65_HS1-834228961_62-HQ-83894_Serial_164
Agency: FBI
Page 90
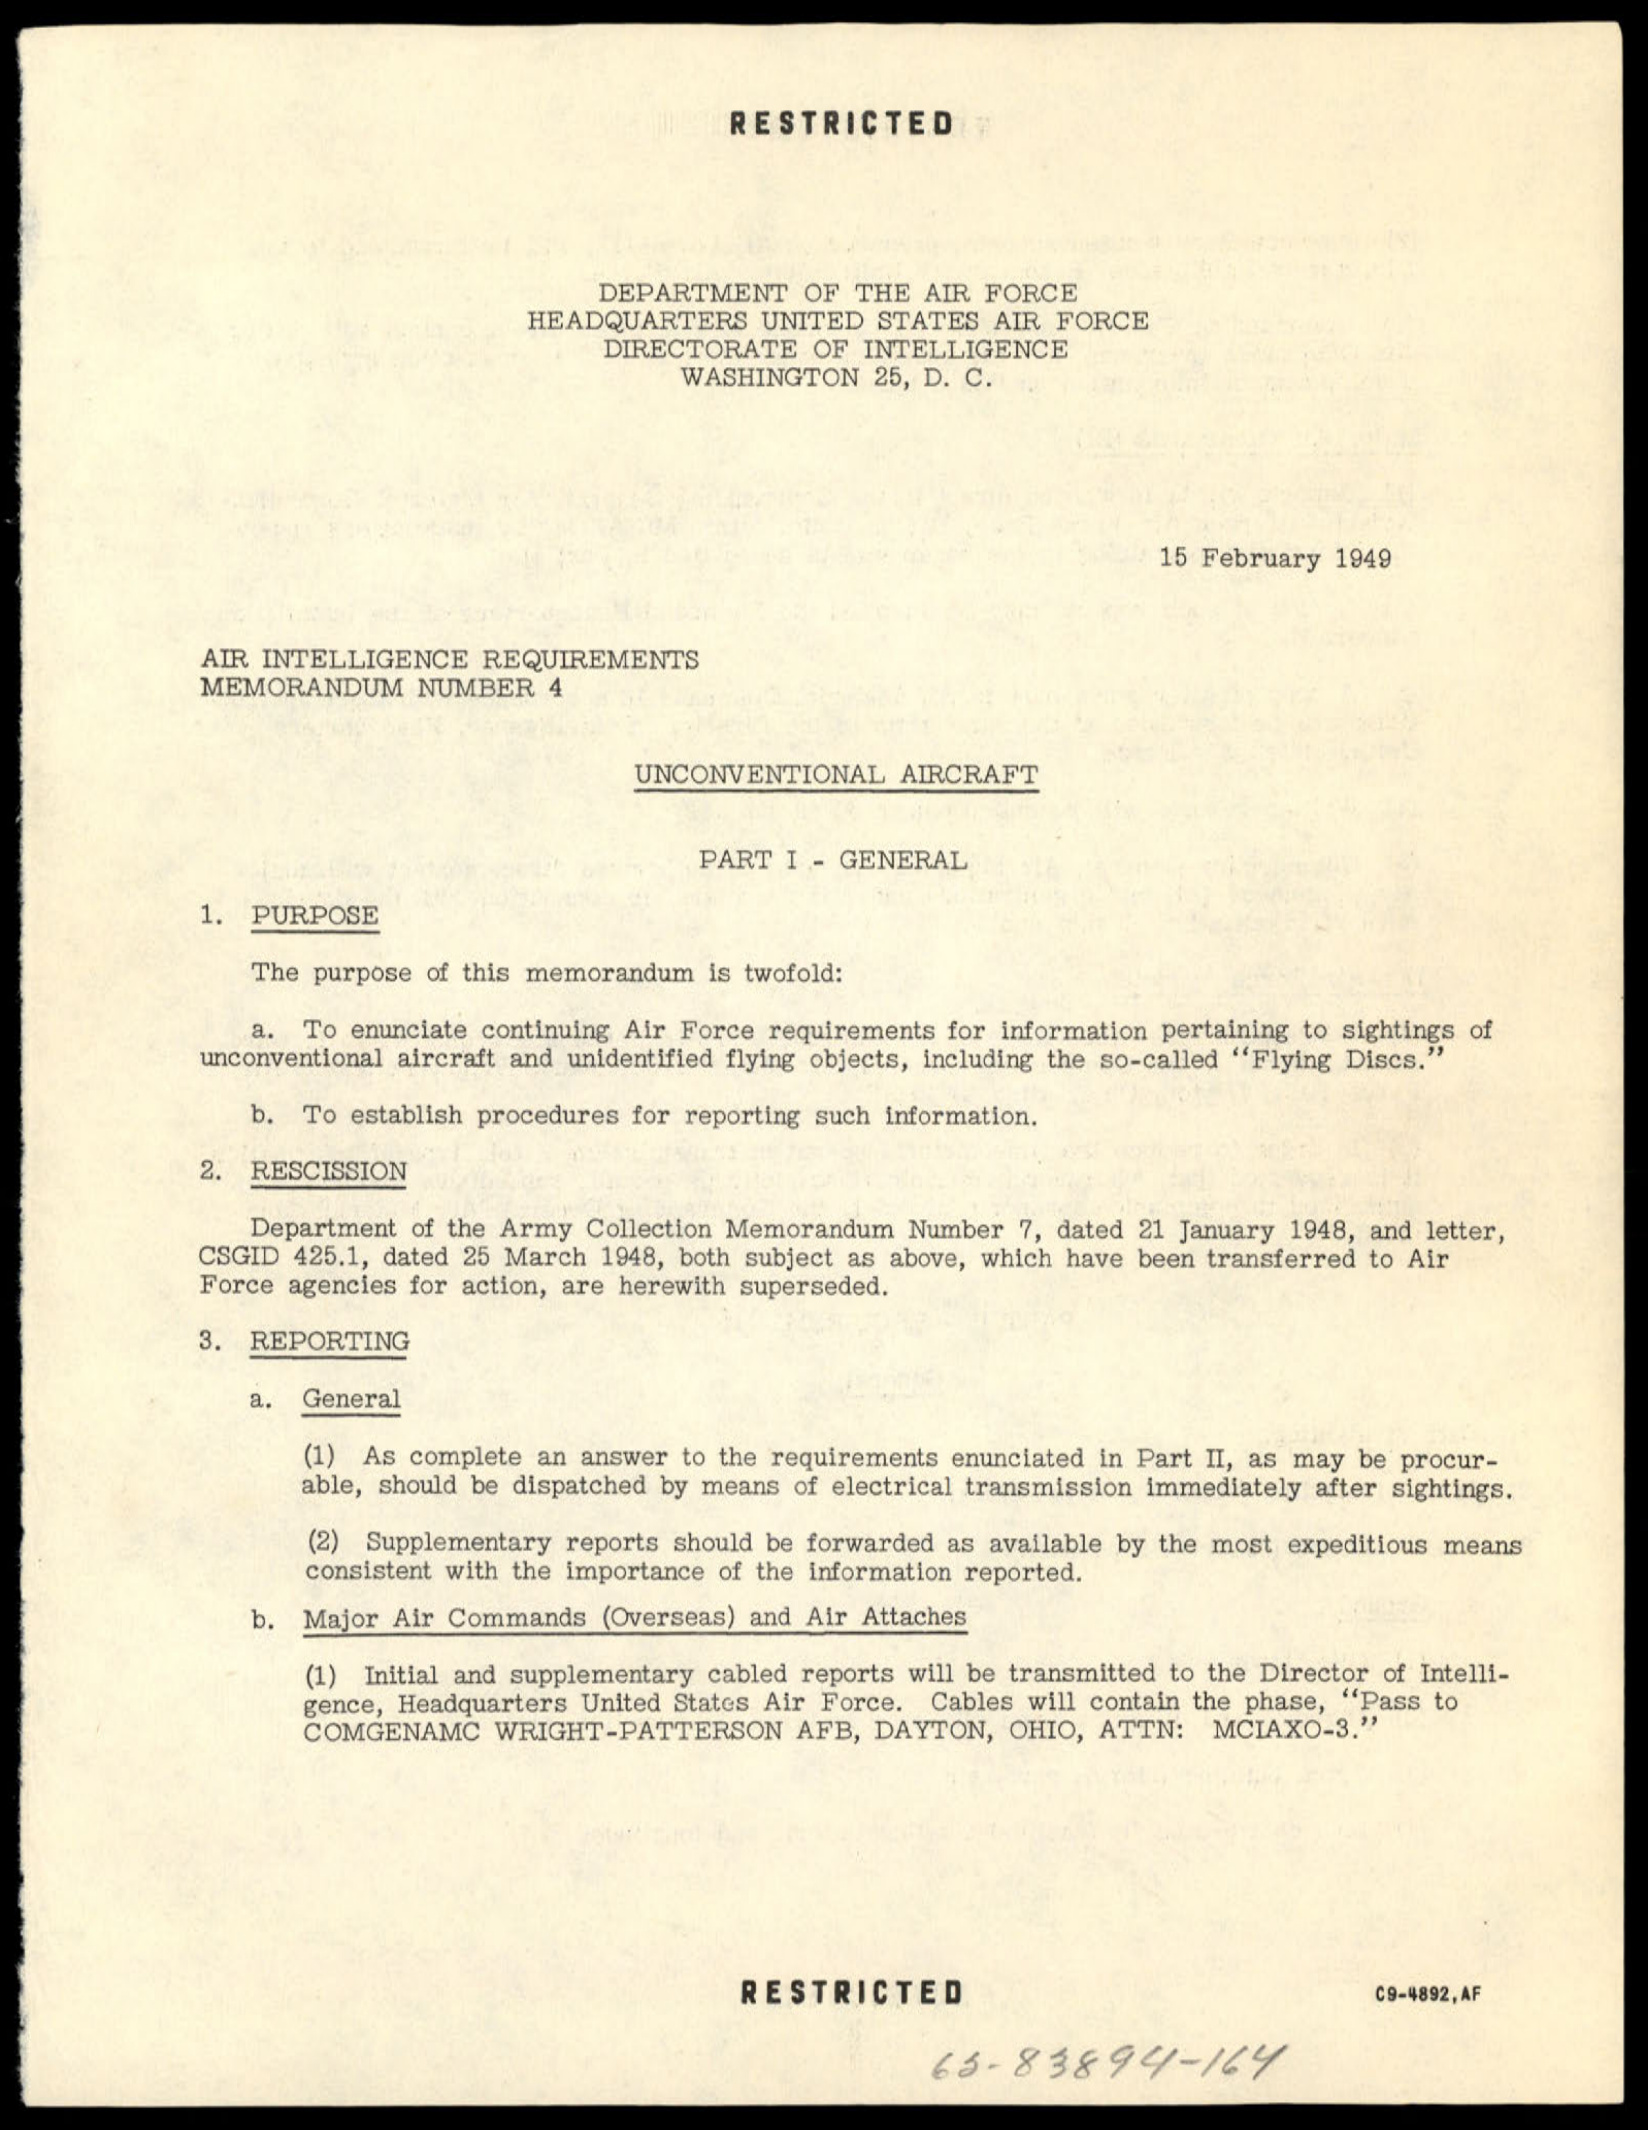